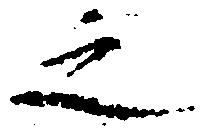
之